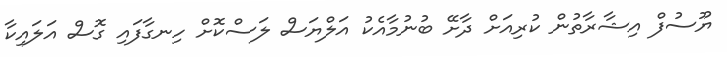
ޔޫސުފް އިޝާރާތުން ކުރިއަށް ދާށޭ ބުނުމާއެކު އަލްޔަސް ލަސްކޮށް ހިނގާފައި ގޮސް އަލައިކާ